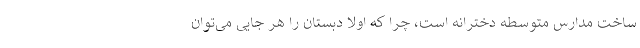
ساخت مدارس متوسطه دخترانه است، چرا که اولا دبستان را هر جایی می‌توان